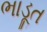
ભાડૂત